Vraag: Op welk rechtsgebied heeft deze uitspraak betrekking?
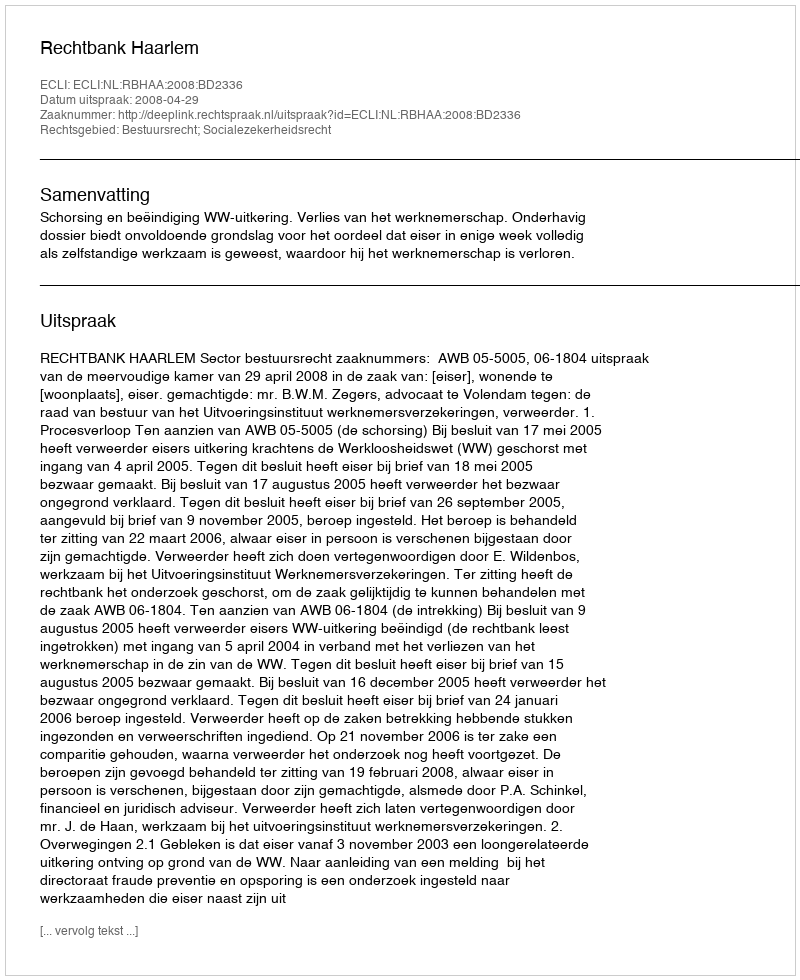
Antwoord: Bestuursrecht; Socialezekerheidsrecht